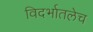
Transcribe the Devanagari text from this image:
विदर्भातलेच